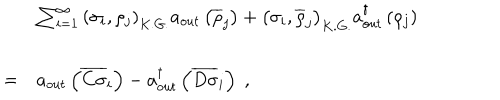
LaTeX: \begin{array} { l l l } { { } } & { { \ } } & { { \sum _ { i = 1 } ^ { \infty } { \left( \sigma _ { i } , \rho _ { j } \right) } _ { K . G . } a _ { o u t } \left( \overline { { { \rho } } } _ { j } \right) + { \left( \sigma _ { i } , \overline { { { \rho } } } _ { j } \right) } _ { K . G . } a _ { o u t } ^ { \dagger } \left( \rho _ { j } \right) } } \\ { { } } & { { = } } & { { a _ { o u t } \left( \overline { { { C \sigma } } } _ { i } \right) - a _ { o u t } ^ { \dagger } \left( \overline { { { D \sigma } } } _ { i } \right) \; , } } \\ \end{array}